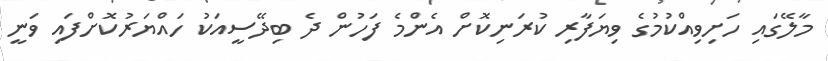
މާލޭގައި ހަށިވިއްކުމުގެ ވިޔަފާރި ކުރަނިކޮށް އެންމެ ފަހުން ދެ ބިދޭސީއަކު ހައްޔަރުކޮށްފައި ވަނީ